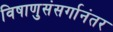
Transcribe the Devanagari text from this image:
विषाणुसंसर्गानंतर